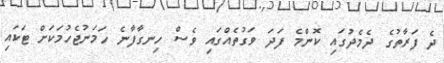
ދެ ފަރާތުގެ ދެމެދުގައި ކޮންމެ ފަދަ ވަގުތެއްގައި ވެސް ހިނގާފާނެ ހަމަނުޖެހުމަކަށް ޓަކައި